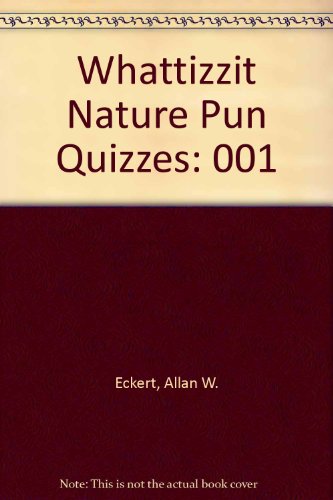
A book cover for Whattizzit Nature Pun Quizzes; Allan W. Eckert; Humor & Entertainment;